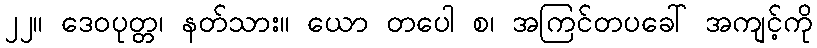
၂၂။ ဒေဝပုတ္တ၊ နတ်သား။ ယော တပေါ စ၊ အကြင်တပခေါ် အကျင့်ကို